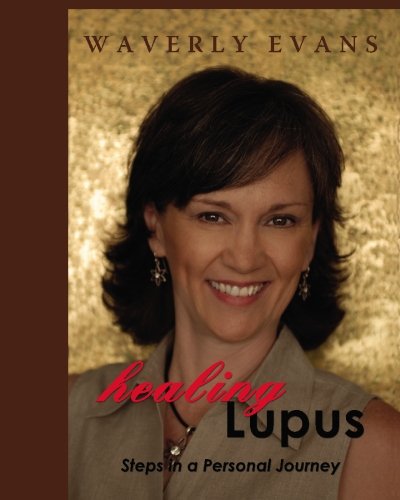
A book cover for Healing Lupus: Steps in a Personal Journey; Waverly Evans; Health, Fitness & Dieting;